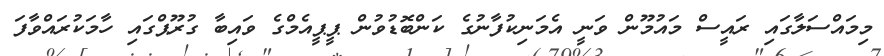
މިމައްސަލާގައި ރައީސް މައުމޫން ވަނީ އެމަނިކުފާނުގެ ކަންބޮޑުވުން ޕީޕީއެމްގެ ވައިބާ ގުރޫޕްގައި ހާމަކުރައްވާފަ